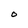
Character: 0